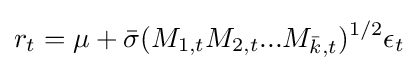
r_{t}=\mu +{\bar {\sigma }}(M_{1,t}M_{2,t}...M_{{\bar {k}},t})^{1/2}\epsilon _{t}